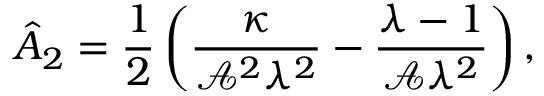
\hat { A } _ { 2 } = \frac { 1 } { 2 } \left( \frac { \kappa } { \mathcal { A } ^ { 2 } \lambda ^ { 2 } } - \frac { \lambda - 1 } { \mathcal { A } \lambda ^ { 2 } } \right) ,